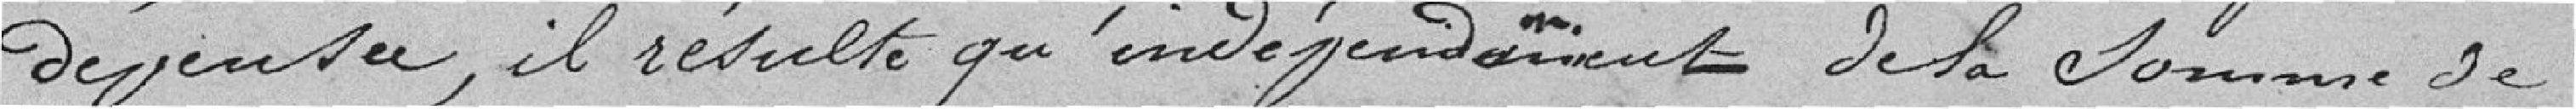
dépenses, il résulte qu'indépendamment de la somme de